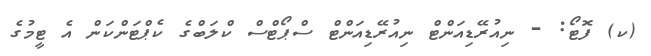
(ކ) ފޮޓޯ: - ނިއުރޭޑިއަންޓް ނިއުރޭޑިއަންޓް ސްޕޯޓްސް ކްލަބްގެ ކެޕްޓަންކަން އެ ޓީމުގެ